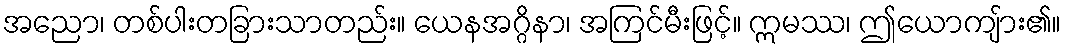
အညော၊ တစ်ပါးတခြားသာတည်း။ ယေနအဂ္ဂိနာ၊ အကြင်မီးဖြင့်။ ဣမဿ၊ ဤယောကျ်ား၏။